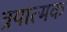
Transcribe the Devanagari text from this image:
त्रयात्मक